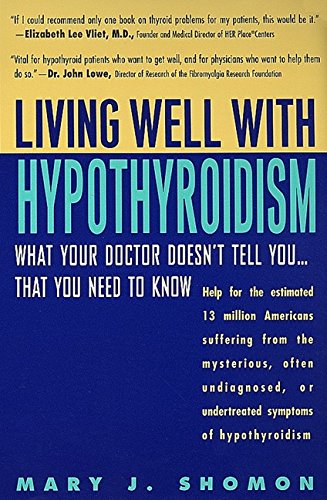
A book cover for Living Well with Hypothyroidism: What Your Doctor Doesn't Tell You... That You Need to Know; Mary J. Shomon; Health, Fitness & Dieting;